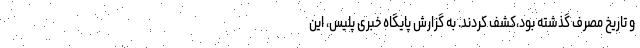
و تاریخ مصرف گذشته بود،کشف کردند. به گزارش پایگاه خبری پلیس،‌ این